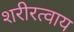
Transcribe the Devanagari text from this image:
शरीरत्वाय